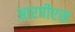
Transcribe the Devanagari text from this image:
आरपीएस